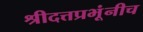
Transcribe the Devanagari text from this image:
श्रीदत्तप्रभूंनीच